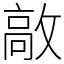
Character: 㪣